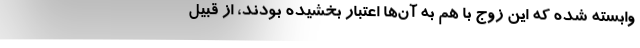
وابسته شده که این زوج با هم به آن‌ها اعتبار بخشیده بودند، از قبیل